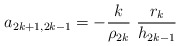
\begin{align*}a_{2k+1,2k-1} = -\frac{k}{\rho _{2k}}\ \frac{r_k}{h_{2k-1}} \end{align*}